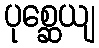
ပုစ္ဆေယျ